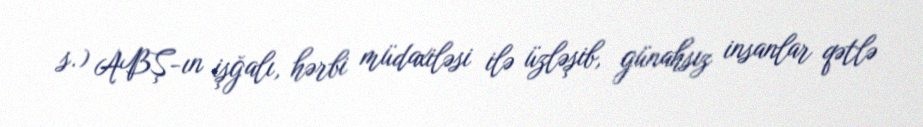
s.) ABŞ-ın işğalı, hərbi müdaxiləsi ilə üzləşib, günahsız insanlar qətlə